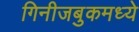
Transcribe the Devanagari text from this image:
गिनीजबुकमध्ये